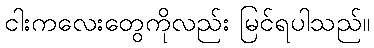
ငါးကလေးတွေကိုလည်း မြင်ရပါသည်။